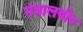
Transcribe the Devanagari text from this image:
मंत्रालयीन